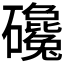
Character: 𰧫